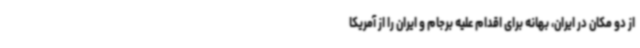
از دو مکان در ایران، بهانه برای اقدام علیه برجام و ایران را از آمریکا